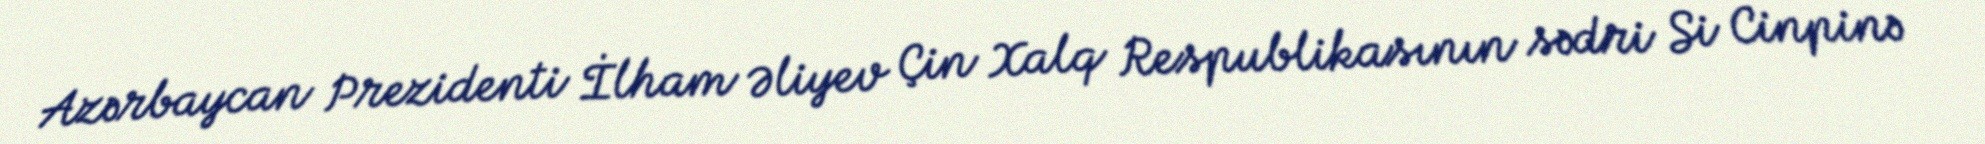
Azərbaycan Prezidenti İlham Əliyev Çin Xalq Respublikasının sədri Si Cinpinə